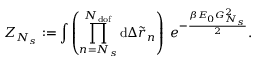
Z _ { N _ { s } } : = \int { \left( \prod _ { n = N _ { s } } ^ { N _ { \mathrm { d o f } } } { \mathrm { d } \Delta \tilde { r } _ { n } } \right) \; e ^ { - \frac { \beta E _ { 0 } G _ { N _ { s } } ^ { 2 } } { 2 } } } .